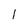
Character: l